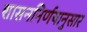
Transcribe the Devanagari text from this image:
शासननिर्णयानुसार